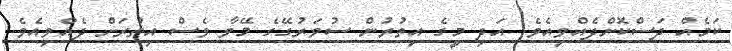
ކަމެއް ދަސްކޮށްދެއްވިއެވެ. އަދި މީގެ އިތުރުން ސުވަރުގޭގެ މޭވާ ވެސް އިތުރަށް ދެއްވިއެވެ.